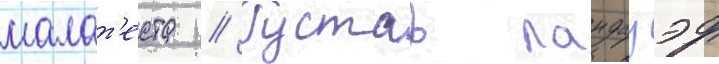
малат'еста // Густав ландауэр